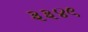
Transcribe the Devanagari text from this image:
३३४९